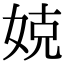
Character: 娔